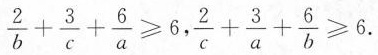
$$\frac { 2 } { b } + \frac { 3 } { c } + \frac { 6 } { a } ≥ 6,$$ $$\frac { 2 } { c } + \frac { 3 } { a } + \frac { 6 } { b } ≥ 6$$.